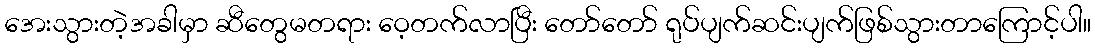
အေးသွားတဲ့အခါမှာ ဆီတွေမတရား ဝေ့တက်လာပြီး တော်တော် ရုပ်ပျက်ဆင်းပျက်ဖြစ်သွားတာကြောင့်ပါ။